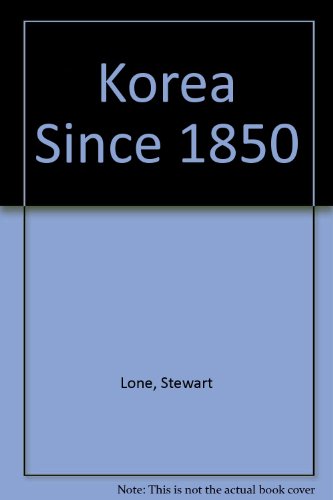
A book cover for Korea Since 1850; Stewart Lone; History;